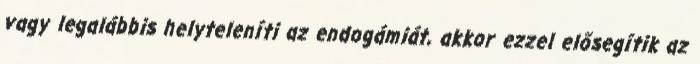
vagy legalábbis helyteleníti az endogámiát, akkor ezzel elősegítik az